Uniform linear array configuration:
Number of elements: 16
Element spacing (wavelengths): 1
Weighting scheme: hamming
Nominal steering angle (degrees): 45
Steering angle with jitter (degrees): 43.82
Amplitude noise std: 0.05
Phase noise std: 0.05

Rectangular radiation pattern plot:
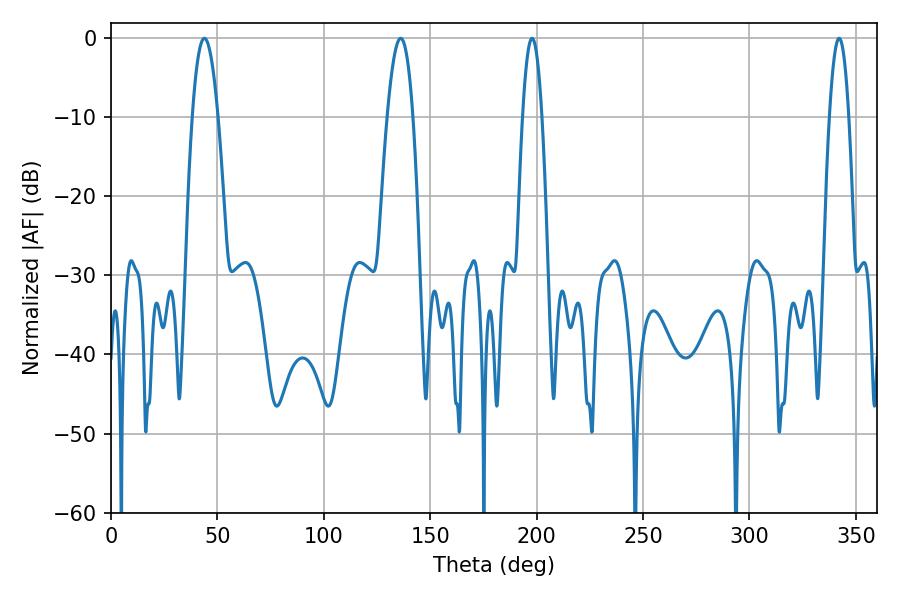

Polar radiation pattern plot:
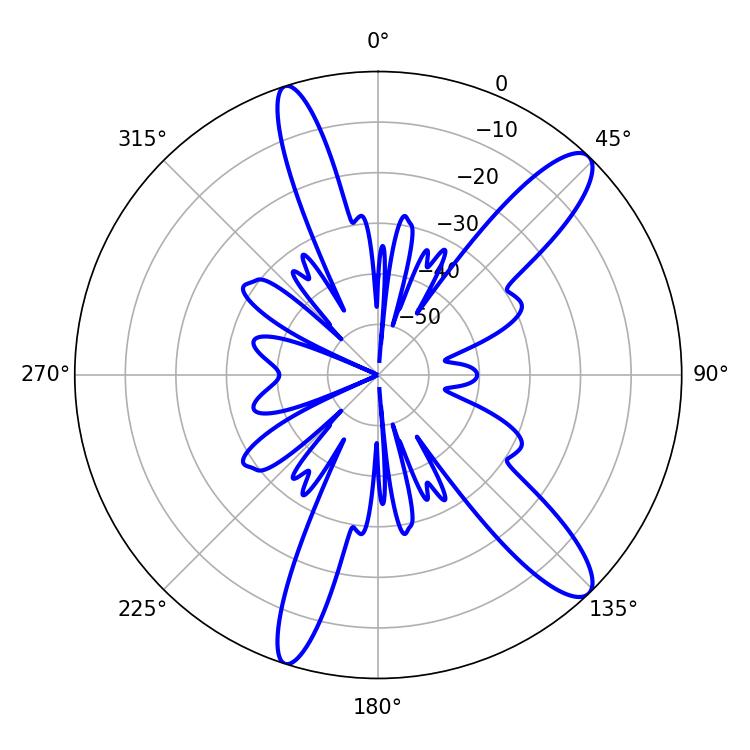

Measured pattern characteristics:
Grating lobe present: TRUE
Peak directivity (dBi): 12.361
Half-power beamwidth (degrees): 6.66
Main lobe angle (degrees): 43.92